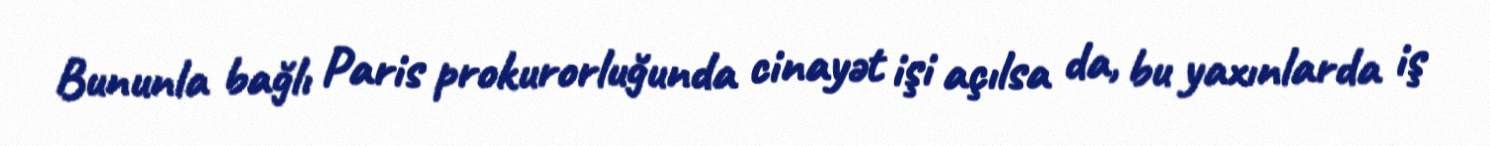
Bununla bağlı Paris prokurorluğunda cinayət işi açılsa da, bu yaxınlarda iş